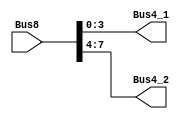
`timescale 1ns / 1ps
//////////////////////////////////////////////////////////////////////////////////
// Company: 
// Engineer: 
// 
// Design Name: 
// Module Name:    Split8to2 
// Project Name: 
// Target Devices: 
// Tool versions: 
// Description: 
//
// Dependencies: 
//
// Revision: 
// Revision 0.01 - File Created
// Additional Comments: 
//
//////////////////////////////////////////////////////////////////////////////////
module Split8to2(
		input [7:0] Bus8,
		output [3:0] Bus4_1,
		output [7:4] Bus4_2
    );
		assign Bus4_1 = Bus8[3:0];
		assign Bus4_2 = Bus8[7:4];

endmodule